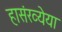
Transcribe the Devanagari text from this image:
हासंख्येया